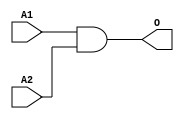
module JAND2B(A1, A2, O);
input   A1;
input   A2;
output  O;
and g0(O, A1, A2);
endmodule